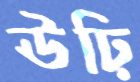
ঊঢ়ি